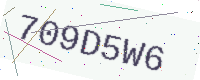
Text: 709D5W6